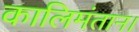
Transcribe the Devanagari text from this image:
कालिमंतान।